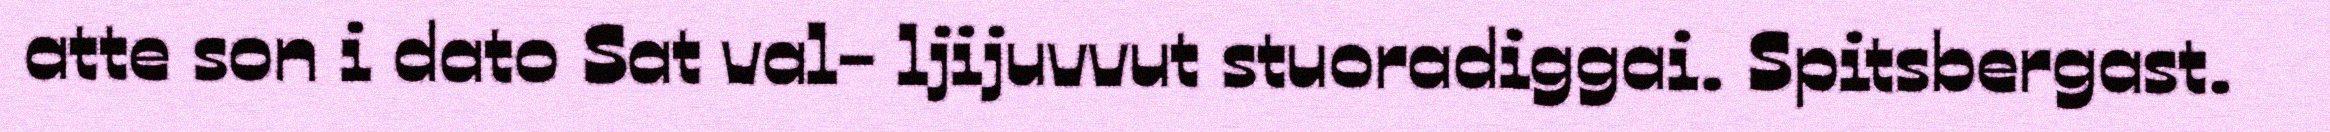
atte son i dato Sat val- ljijuvvut stuoradiggai. Spitsbergast.